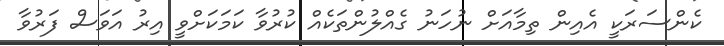
ކެންސަރަކީ އެއިން ތިމާއަށް ނުހަނު ގެއްލުންތަކެއް ކުރުވާ ކަމަކަށްވީ އިރު އަވަސް ފަރުވާ